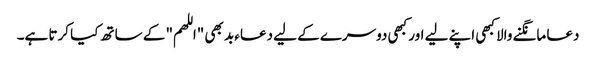
دعا مانگنے والا کبھی اپنے لیے اور کبھی دوسرے کے لیے دعاء بد بھی "اللھم" کے ساتھ کیا کرتا ہے۔